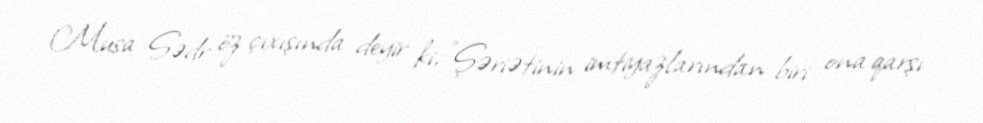
Musa Sədr öz çıxışında deyir ki, "Şəriətinin imtiyazlarından biri ona qarşı